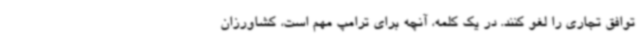
توافق تجاری را لغو کنند. در یک کلمه، آنچه برای ترامپ مهم است، کشاورزان